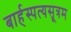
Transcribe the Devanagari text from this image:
बार्हस्पत्यसूत्रम